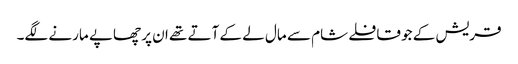
قریش کے جو قافلے شام سے مال لے کے آتے تھے ان پر چھاپے مارنے لگے۔